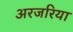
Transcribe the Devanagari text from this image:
अरजरिया